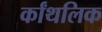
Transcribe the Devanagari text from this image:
र्कांथलिक